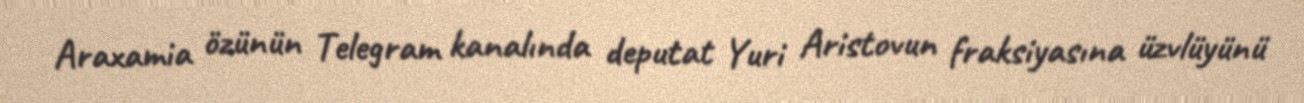
Araxamia özünün Telegram kanalında deputat Yuri Aristovun fraksiyasına üzvlüyünü